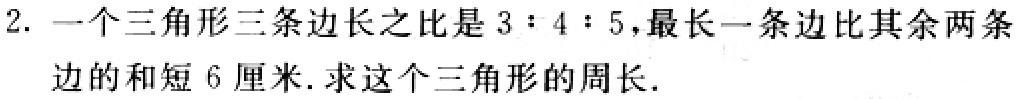
2. 一个三角形三条边长之比是\(3:4:5\)，最长一条边比其余两条边的和短\(6\)厘米. 求这个三角形的周长.